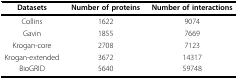
<table><thead><tr><td><b>Datasets</b></td><td><b>Number of proteins</b></td><td><b>Number of interactions</b></td></tr></thead><tbody><tr><td>Collins</td><td>1622</td><td>9074</td></tr><tr><td>Gavin</td><td>1855</td><td>7669</td></tr><tr><td>Krogan-core</td><td>2708</td><td>7123</td></tr><tr><td>Krogan-extended</td><td>3672</td><td>14317</td></tr><tr><td>BioGRID</td><td>5640</td><td>59748</td></tr></tbody></table>